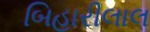
બિહારીલાલ